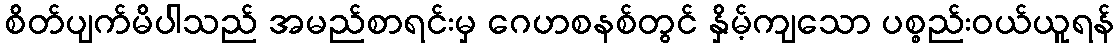
စိတ်ပျက်မိပါသည် အမည်စာရင်းမှ ဂေဟစနစ်တွင် နှိမ့်ကျသော ပစ္စည်းဝယ်ယူရန်